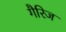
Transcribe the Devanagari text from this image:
गैरिज